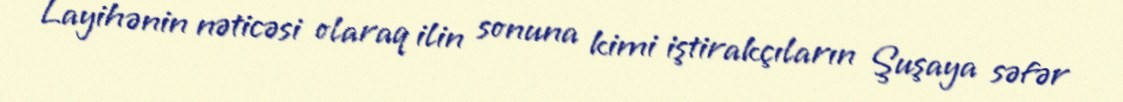
Layihənin nəticəsi olaraq ilin sonuna kimi iştirakçıların Şuşaya səfər